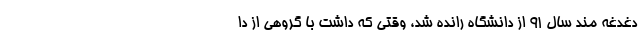
دغدغه مند سال 91 از دانشگاه رانده شد، وقتی که داشت با گروهی از دا